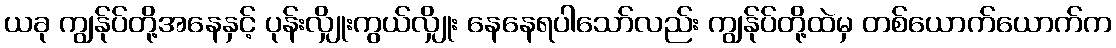
ယခု ကျွန်ုပ်တို့အနေနှင့် ပုန်းလျှိုးကွယ်လျှိုး နေနေရပါသော်လည်း ကျွန်ုပ်တို့ထဲမှ တစ်ယောက်ယောက်က